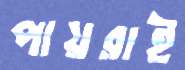
পায়রাই